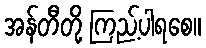
အန်တီတို့ ကြည့်ပါရစေ။